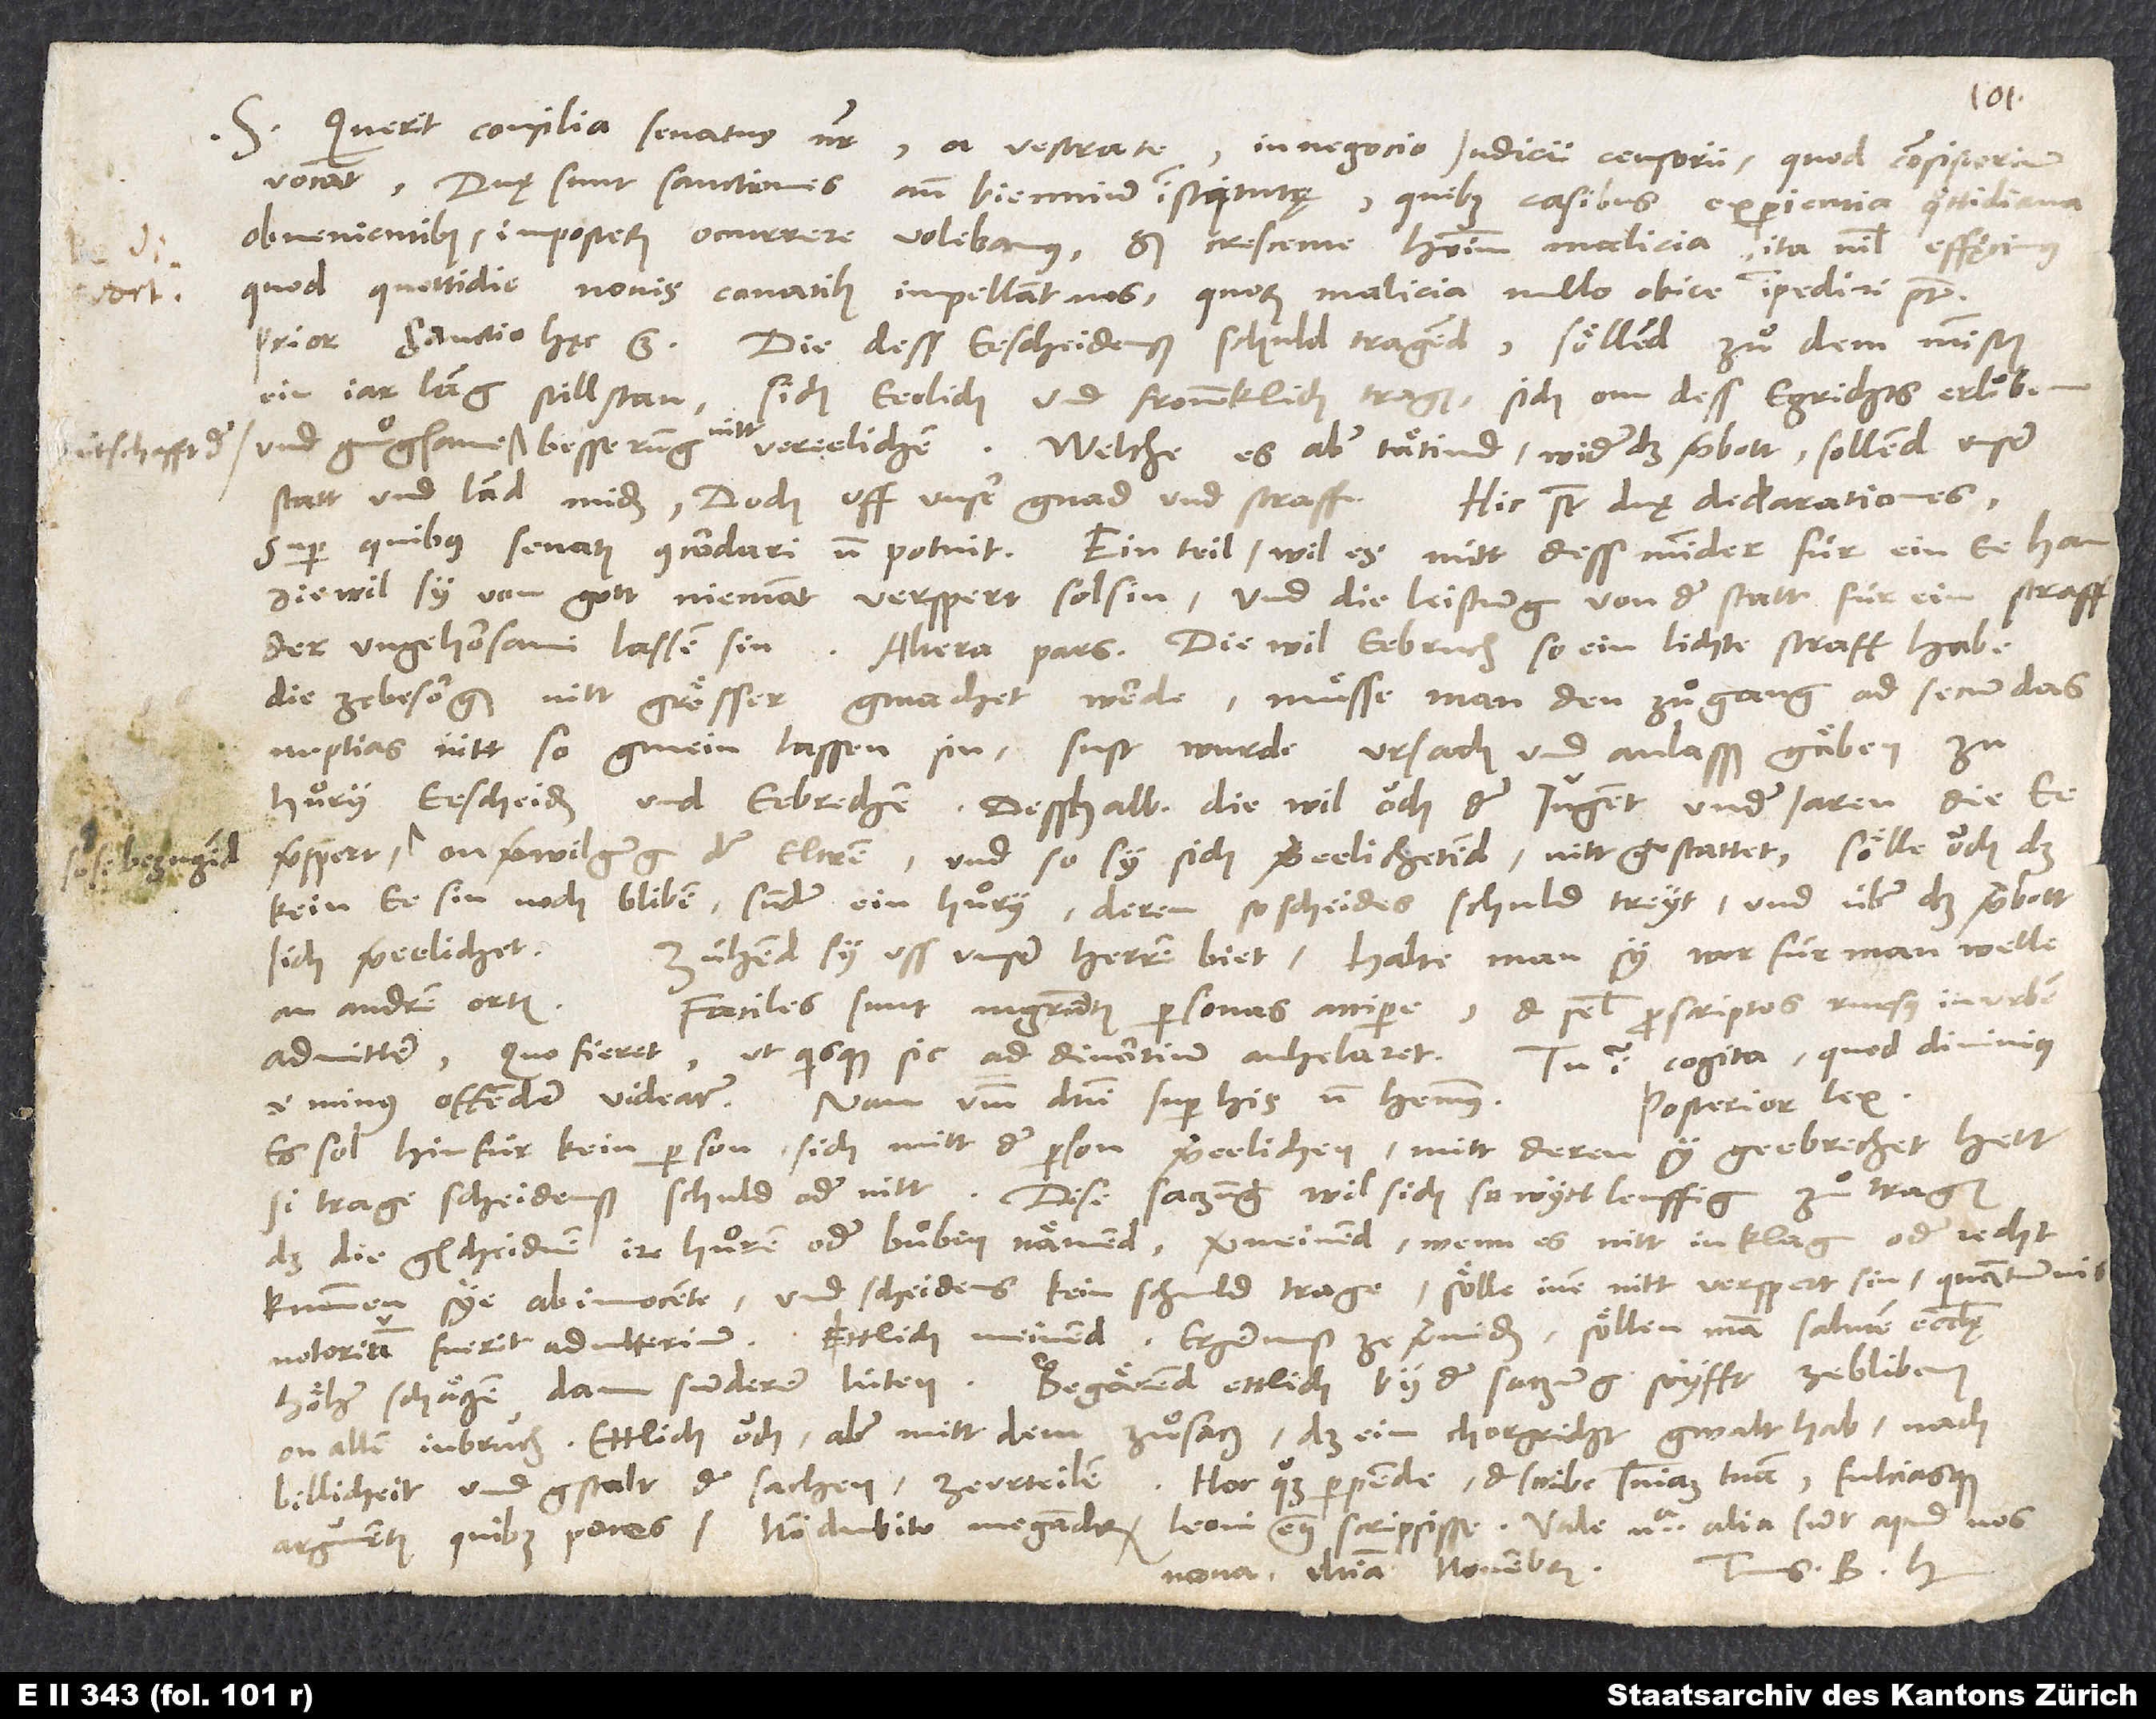
S. Querit consilia senatus noster a vestrate
in negocio iudicii censorii, quod consistorium
vocant. Duae sunt sanctiones ante biennium institutae, quibus casibus experientia quottidiana
obvenientibus imposterum occurrere volebamus; sed crescente hominum malicia ita nihil effęcimus,
quod quottidie novis conatibus impellant nos, quorum malicia nullo obice impediri potest.
Prior sanctio hęc est: die dess eescheidenß schuld tragend, söllend zuͤ dem minsten
ein jar lang still stan, sich eerlich und frommklich tragen, sich onn dess egrichts erlouben
statt und land miden, doch uff unser gnad und straff.
Hic sunt duę declarationes,
super quibus senatus concordari non potuit. Ein teil wil es nütt dess minder für ein ee han,
diewil sy von gott niemant verspert soll sin, und die leistung von der statt für ein straff
der ungehorsami lassen sin. Altera pars: diewil eebruch so ein lichte straff hab,
die ze besorgen nitt grösser gmachet werde, muͤsse man den zuͤgang ad secundas
nuptias nitt so gmein lassen sin; sust wurde ursach und anlasß gäben zu
huͤry, eescheiden und eebrechen. Desshalb, diewil ouch der jugent under jaren die ee
on verwilgung der eltren, und so sy sich vereelichetend, nitt gestattet, sölle ouch das
kein ee sin noch bliben, sunder ein huͤry, deren, so scheides schuld treyt und über das verbott
sich vereelichet.
Zühend sy uss unser herren biet, halte man sy, worfür man welle,
an andren orten.
Faciles sunt magistratus, personas accipere et semel proscriptos rursus in urbem
admittere, quo fieret, ut quisque sic ad divortium anhelaret.
Tu igitur cogita, quod divinius,
minus offendere videatur; nam verbum domini super his non habemus.
Posterior lex:
es sol hinfür kein person sich mitt der person vereelichen, mitt deren sy geebrechet hett,
si trage scheidenß schuld oder nitt. Dise satzung wil sich so wyttleuffig zuͤtragen,
daß die gscheidnen ire huͤren oder buͤben nämend, vermeinend, wenn es nitt in klag oder recht
kummen sye ab innocente und scheidens kein schuld trage, sölle inen nitt verspert sin, quantumvis
notorium fuerit adulterium. Ettlich meinend, ergernuß ze vermiden, söllen man salutem ecclesię
höher schätzen, dann sunderer lüten. Begärend ettlich by der satzung styfft ze bliben
on allen inbruch. Ettlich ouch, aber mitt dem zuͤsatz, daß ein chorgricht gwalt hab, nach
Hoc quoque perpende et scribe sententiam tuam fulciasque
billicheit und gstalt der sachen ze urteilen.
Tuus B. H.